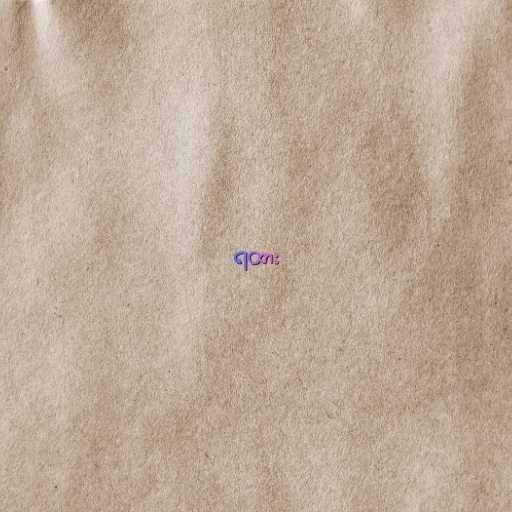
ရထား